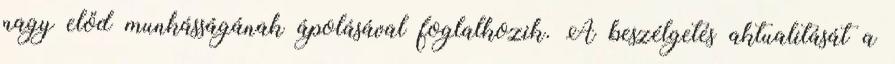
nagy előd munkásságának ápolásával foglalkozik. A beszélgetés aktualitását a